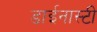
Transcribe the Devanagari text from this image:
डाईनास्टी